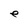
Character: e